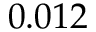
0 . 0 1 2